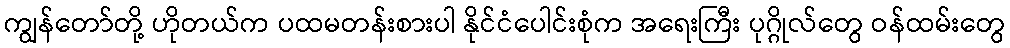
ကျွန်တော်တို့ ဟိုတယ်က ပထမတန်းစားပါ နိုင်ငံပေါင်းစုံက အရေးကြီး ပုဂ္ဂိုလ်တွေ ဝန်ထမ်းတွေ